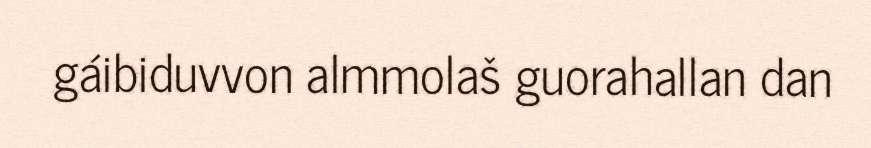
gáibiduvvon almmolaš guorahallan dan